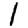
Digit: 1